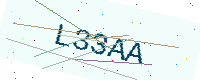
Text: L33AA